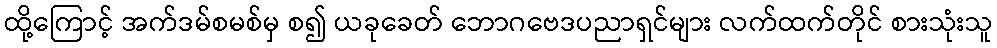
ထို့ကြောင့် အက်ဒမ်စမစ်မှ စ၍ ယခုခေတ် ဘောဂဗေဒပညာရှင်များ လက်ထက်တိုင် စားသုံးသူ